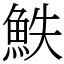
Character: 䱃